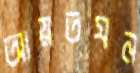
আয়তঘন